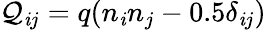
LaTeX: \mathcal{Q}_{\mathit{i}j}=q(n_{\mathit{i}}n_{j}-0.5\delta_{\mathit{i}j})